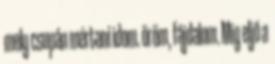
mely csupán mértani idom. öröm, fájdalom. Míg eljő a